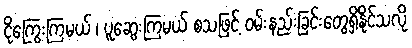
ငိုကြွေးကြမယ် ၊ ပူဆွေးကြမယ် စသဖြင့် ဝမ်းနည်းခြင်းတွေရှိနိုင်သလို